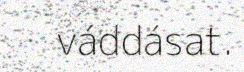
váddásat.